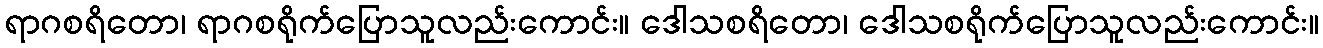
ရာဂစရိတော၊ ရာဂစရိုက်ပြောသူလည်းကောင်း။ ဒေါသစရိတော၊ ဒေါသစရိုက်ပြောသူလည်းကောင်း။